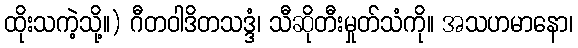
ထိုးသကဲ့သို့။) ဂီတဝါဒိတသဒ္ဒံ၊ သီဆိုတီးမှုတ်သံကို။ အသဟမာနော၊